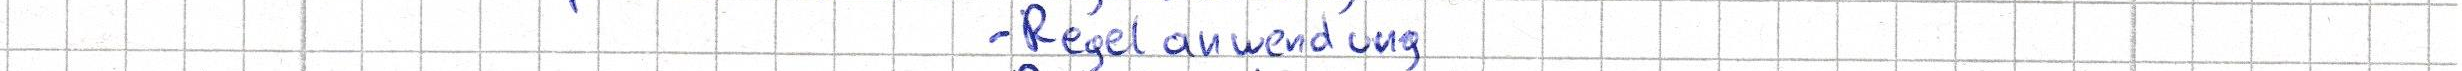
- Regelanwendung